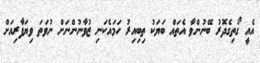
އެއީ ގޯތިގެދޮރު ބޭނުންވާ އެތައް ބަޔަކު ތިބިއިރު ހަމައެކަނި ޒުވާނުންނަށް ނުވަތަ ވިޔަފާރިއަށް